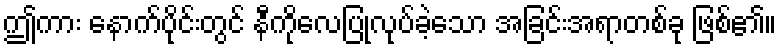
ဤကား နောက်ပိုင်းတွင် နီကိုလေပြုလုပ်ခဲ့သော အခြင်းအရာတစ်ခု ဖြစ်၏။